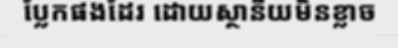
ប្លែកផងដែរ ដោយស្ថានីយមិនខ្លាច